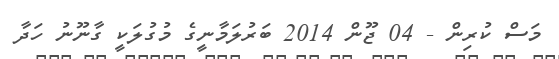
މަސް ކުރިން - 04 ޖޫން 2014 ބަރުލަމާނީގެ މުގުލަކީ ގާނޫނު ހަދާ